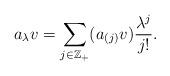
LaTeX: \begin{align*} a_\lambda v=\sum_{j\in\mathbb{Z_{+}}}(a_{(j)}v)\frac{\lambda^{j}}{j!}.\end{align*}